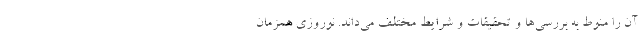
آن را منوط به بررسی‌ها و تحقیقات و شرایط مختلف می‌داند. نوروزی همزمان